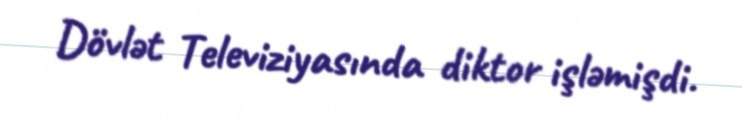
Dövlət Televiziyasında diktor işləmişdi.